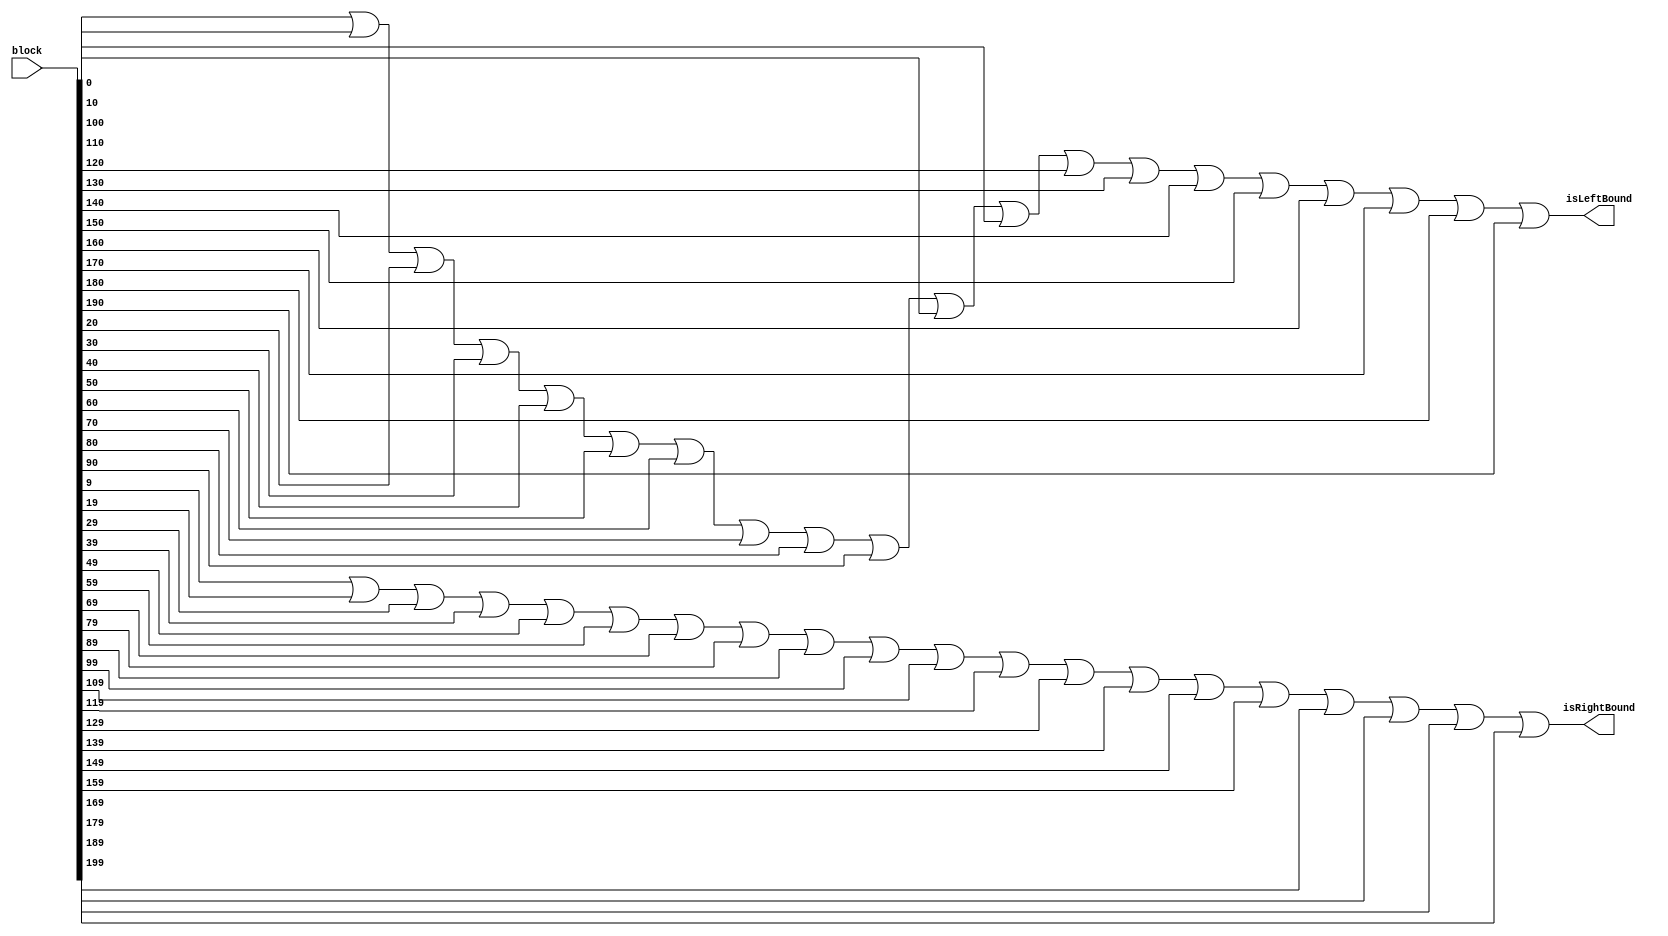
module JudgeBound(input [199:0] block, output isLeftBound, output isRightBound);

assign isLeftBound=block[0]|block[10]|block[20]|block[30]|block[40]|block[50]|block[60]|block[70]|block[80]|block[90]
      |block[100]|block[110]|block[120]|block[130]|block[140]|block[150]|block[160]|block[170]|block[180]|block[190];
assign isRightBound=block[9]|block[19]|block[29]|block[39]|block[49]|block[59]|block[69]|block[79]|block[89]|block[99]
      |block[109]|block[119]|block[129]|block[139]|block[149]|block[159]|block[169]|block[179]|block[189]|block[199];
      
endmodule